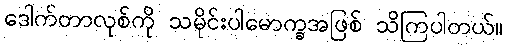
ဒေါက်တာလုစ်ကို သမိုင်းပါမောက္ခအဖြစ် သိကြပါတယ်။